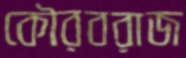
কৌরবরাজ